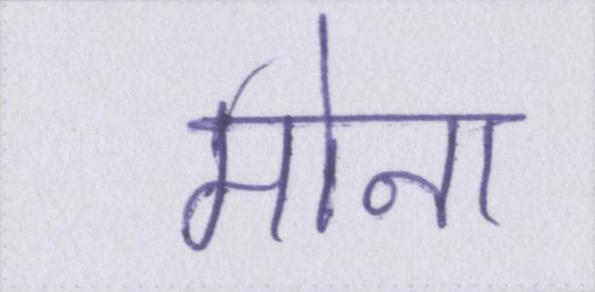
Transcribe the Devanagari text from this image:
मोना